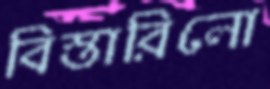
বিস্তারিলো